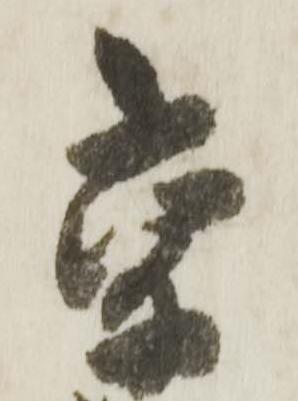
京